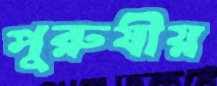
পুরুষীয়